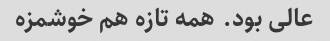
عالی بود. همه تازه هم خوشمزه